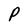
Character: P